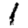
Digit: 1